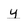
Character: y